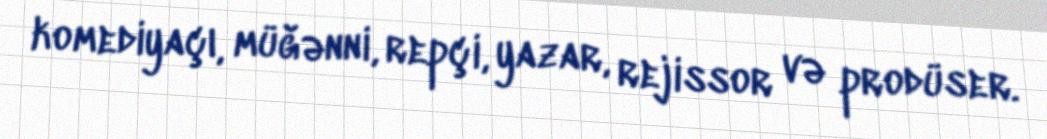
komediyaçı, müğənni, repçi, yazar, rejissor və prodüser.